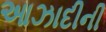
આઝાદીની